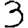
Digit: 3